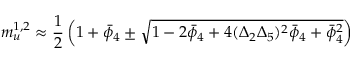
m _ { u } ^ { 1 , 2 } \approx \frac { 1 } { 2 } \left( 1 + { \bar { \phi } } _ { 4 } \pm \sqrt { 1 - 2 { \bar { \phi } } _ { 4 } + 4 ( \Delta _ { 2 } \Delta _ { 5 } ) ^ { 2 } { \bar { \phi } } _ { 4 } + { \bar { \phi } } _ { 4 } ^ { 2 } } \right)